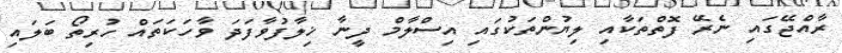
ރާއްޖޭގައި ނެރޭ ފޮތްތަކާއި ލިޔުންތަކުގައި އިސްލާމް ދީނާ ޚިލާފުވާފަދަ ވާހަކަތައް ހުރިތޯ ބަލައި